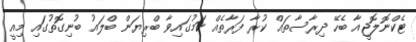
ޓެކްނޮލޮޖީއާ ބެހޭ ދިރާސާތައް ކުރާ ފަރާތެއް ކަމުގައިވާ ބްރިޔަން ބްލައު ބުނިގޮތުގައި މިއީ